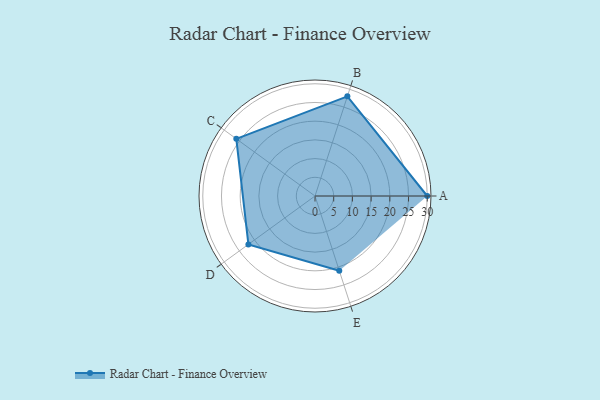
{"axis": {"x": "Skill", "y": "Score"}, "legend": ["Profile"], "data": [{"x": "A", "y": 30.0, "type": "Profile"}, {"x": "B", "y": 28.0, "type": "Profile"}, {"x": "C", "y": 26.0, "type": "Profile"}, {"x": "D", "y": 22.0, "type": "Profile"}, {"x": "E", "y": 21.0, "type": "Profile"}]}